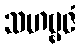
သဟဗ္ဗဇံ